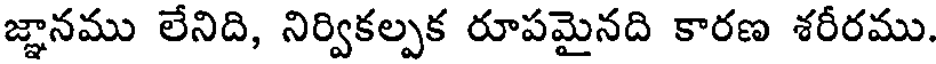
జ్ఞానము లేనిది, నిర్వికల్పక రూపమైనది కారణ శరీరము.